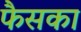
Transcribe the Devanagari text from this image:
फैसका